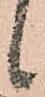
候